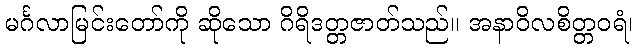
မင်္ဂလာမြင်းတော်ကို ဆိုသော ဂိရိဒတ္တဇာတ်သည်။ အနာဝိလစိတ္တဝရံ၊